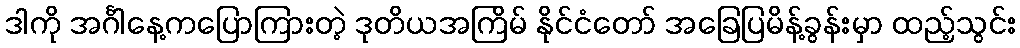
ဒါကို အင်္ဂါနေ့ကပြောကြားတဲ့ ဒုတိယအကြိမ် နိုင်ငံတော် အခြေပြမိန့်ခွန်းမှာ ထည့်သွင်း